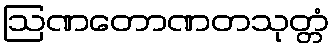
ဩဏတောဏတသုတ္တံ